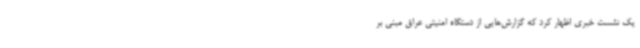
یک نشست خبری اظهار کرد که گزارش‌هایی از دستگاه امنیتی عراق مبنی بر